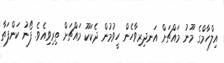
އިލްހާމްގެ މޫނު މައްޗަށް އަނދިރިވާހެން ހީވުމުން ދެކަކޫ މައްޗަށް ތިރިވިއެވެ. ފޯނު ކަންފަތާ